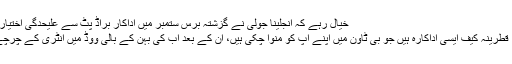
خیال رہے کہ انجلینا جولی نے گزشتہ برس ستمبر میں اداکار براڈ پٹ سے علیحدگی اختیار کرلی
لاہور: قطرینہ کیف ایسی اداکارہ ہیں جو بی ٹاؤن میں اپنے آپ کو منوا چکی ہیں، ان کے بعد اب کی بہن کے بالی ووڈ میں انٹری کے چرچے ہیں۔